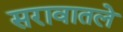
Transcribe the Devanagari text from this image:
सरावातले